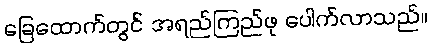
ခြေထောက်တွင် အရည်ကြည်ဖု ပေါက်လာသည်။